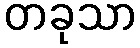
တခုသာ